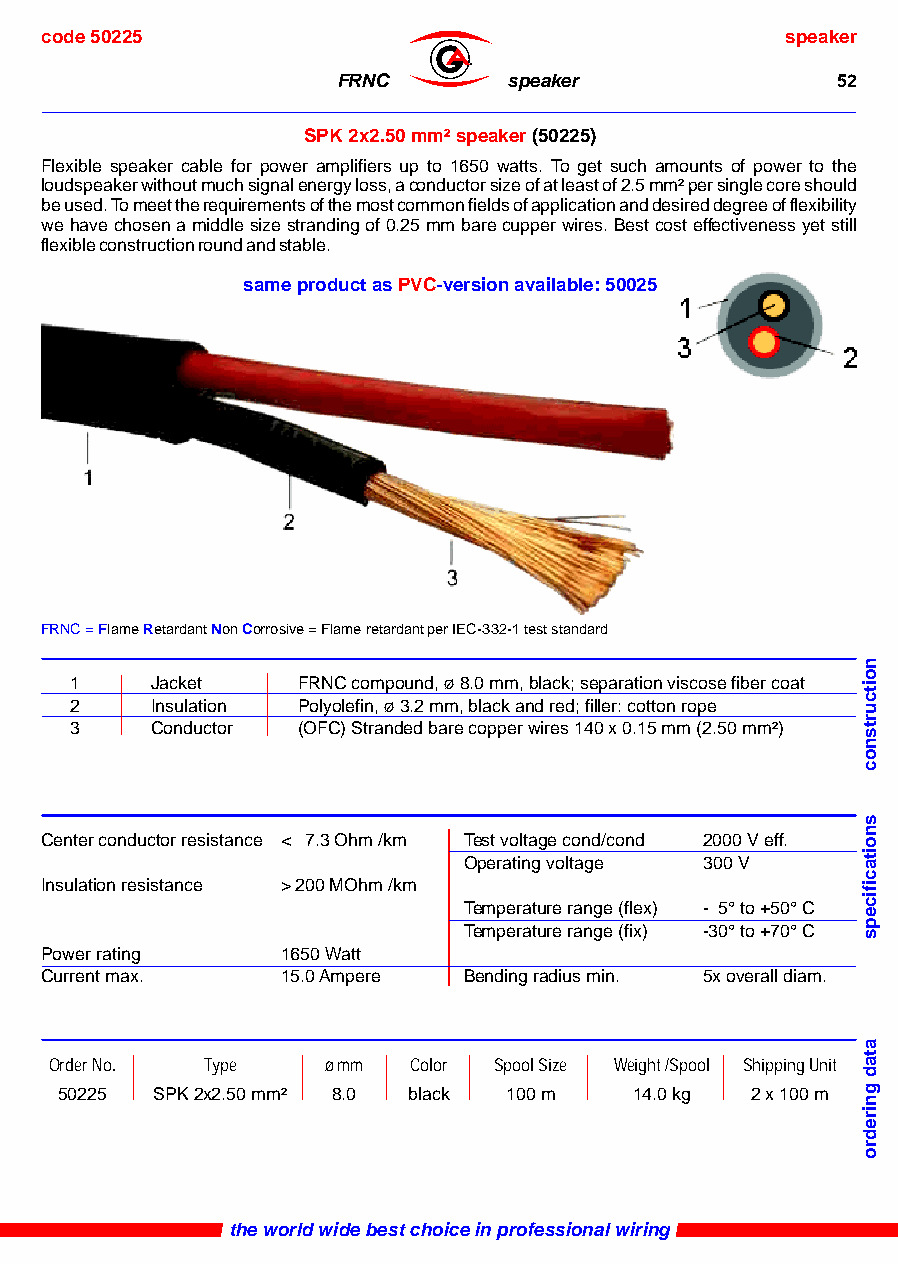
code 50225                                       speaker
 ®
 FRNC        speaker              52
 SPK 2x2.50 mm² speaker (50225)
 Flexible speaker cable for power amplifiers up to 1650 watts. To get such amounts of power to the
 loudspeaker without much signal energy loss, a conductor size of at least of 2.5 mm² per single core should
 be used. To meet the requirements of the most common fields of application and desired degree of flexibility
 we have chosen a middle size stranding of 0.25 mm bare cupper wires. Best cost effectiveness yet still
 flexible construction round and stable.
 same product as PVC-version available: 50025
 FRNC = Flame Retardant Non Corrosive = Flame retardant per IEC-332-1 test standard
 1    Jacket    FRNC compound, ø 8.0 mm, black; separation viscose fiber coat
 2    Insulation Polyolefin, ø 3.2 mm, black and red; filler: cotton rope
 3    Conductor (OFC) Stranded bare copper wires 140 x 0.15 mm (2.50 mm²)
 Center conductor resistance < 7.3 Ohm /km Test voltage cond/cond 2000 V eff.
 Operating voltage 300 V
 Insulation resistance > 200 MOhm /km
 Temperature range (flex) - 5° to +50° C
 Temperature range (fix) -30° to +70° C
 Power rating    1650 Watt
 Current max.    15.0 Ampere Bending radius min. 5x overall diam.
 Order No. Type    ø mm  Color Spool Size Weight /Spool Shipping Unit
 50225 SPK 2x2.50 mm² 8.0 black 100 m  14.0 kg 2 x 100 m
 the world wide best choice in professional wiring
 noitcurtsnoc
 snoitacificeps
 atad
 gniredro